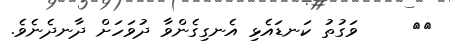
٨١     ވަގުތު ކަނޑައެޅި އެނގިގެންވާ ދުވަހަށް ދާނދެނެވެ.